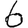
Digit: 6